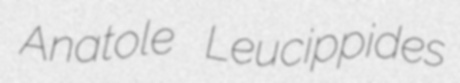
Anatole Leucippides